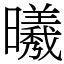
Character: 𣌀